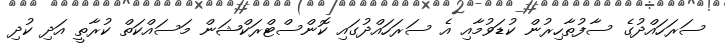
ސަރަހައްދުގެ ސާފުތާހިރުން ކުޑަވުމާއި އެ ސަރަހައްދުގައި ކޮންސްޓްރަކްޝަން މަސައްކަތް ކުރާތީ އަދި ކުދި